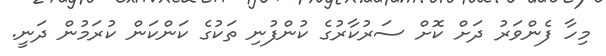
މިހާ ފެންވަރު ދަށް ކޮށް ސަރުކާރުގެ ކުންފުނި ތަކުގެ ކަންކަން ކުރަމުން ދަނީ.